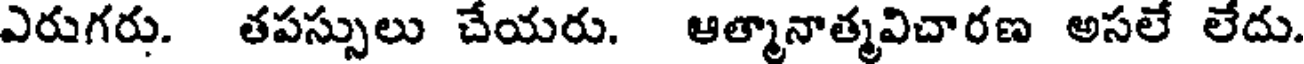
ఎరుగరు. తపస్సులు చేయరు. ఆత్మానాత్మవిచారణ అసలే లేదు.